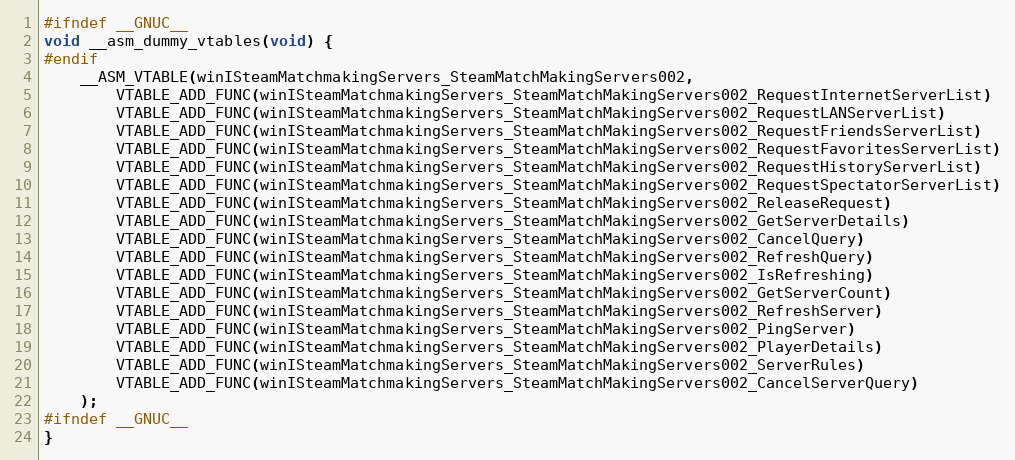
Language: C
#ifndef __GNUC__
void __asm_dummy_vtables(void) {
#endif
    __ASM_VTABLE(winISteamMatchmakingServers_SteamMatchMakingServers002,
        VTABLE_ADD_FUNC(winISteamMatchmakingServers_SteamMatchMakingServers002_RequestInternetServerList)
        VTABLE_ADD_FUNC(winISteamMatchmakingServers_SteamMatchMakingServers002_RequestLANServerList)
        VTABLE_ADD_FUNC(winISteamMatchmakingServers_SteamMatchMakingServers002_RequestFriendsServerList)
        VTABLE_ADD_FUNC(winISteamMatchmakingServers_SteamMatchMakingServers002_RequestFavoritesServerList)
        VTABLE_ADD_FUNC(winISteamMatchmakingServers_SteamMatchMakingServers002_RequestHistoryServerList)
        VTABLE_ADD_FUNC(winISteamMatchmakingServers_SteamMatchMakingServers002_RequestSpectatorServerList)
        VTABLE_ADD_FUNC(winISteamMatchmakingServers_SteamMatchMakingServers002_ReleaseRequest)
        VTABLE_ADD_FUNC(winISteamMatchmakingServers_SteamMatchMakingServers002_GetServerDetails)
        VTABLE_ADD_FUNC(winISteamMatchmakingServers_SteamMatchMakingServers002_CancelQuery)
        VTABLE_ADD_FUNC(winISteamMatchmakingServers_SteamMatchMakingServers002_RefreshQuery)
        VTABLE_ADD_FUNC(winISteamMatchmakingServers_SteamMatchMakingServers002_IsRefreshing)
        VTABLE_ADD_FUNC(winISteamMatchmakingServers_SteamMatchMakingServers002_GetServerCount)
        VTABLE_ADD_FUNC(winISteamMatchmakingServers_SteamMatchMakingServers002_RefreshServer)
        VTABLE_ADD_FUNC(winISteamMatchmakingServers_SteamMatchMakingServers002_PingServer)
        VTABLE_ADD_FUNC(winISteamMatchmakingServers_SteamMatchMakingServers002_PlayerDetails)
        VTABLE_ADD_FUNC(winISteamMatchmakingServers_SteamMatchMakingServers002_ServerRules)
        VTABLE_ADD_FUNC(winISteamMatchmakingServers_SteamMatchMakingServers002_CancelServerQuery)
    );
#ifndef __GNUC__
}